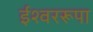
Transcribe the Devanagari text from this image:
ईश्वररूपा